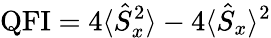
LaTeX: \mathrm{QFI}=4\langle\hat{S}_{x}^{2}\rangle-4\langle\hat{S}_{x}\rangle^{2}